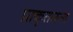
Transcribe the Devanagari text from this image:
प्राकृतजन्य